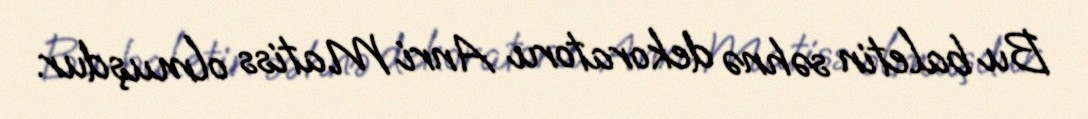
Bu baletin səhnə dekoratoru Anri Matiss olmuşdur.